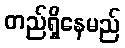
တည်ရှိနေမည်